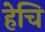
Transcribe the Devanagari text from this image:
हेचि